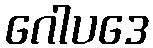
ဂေါပဒေ